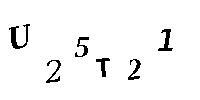
U25T21